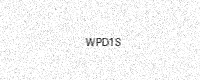
Text: WPD1S